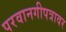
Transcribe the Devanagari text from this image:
परवानगीपत्रावर